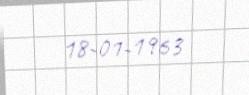
18-01-1963